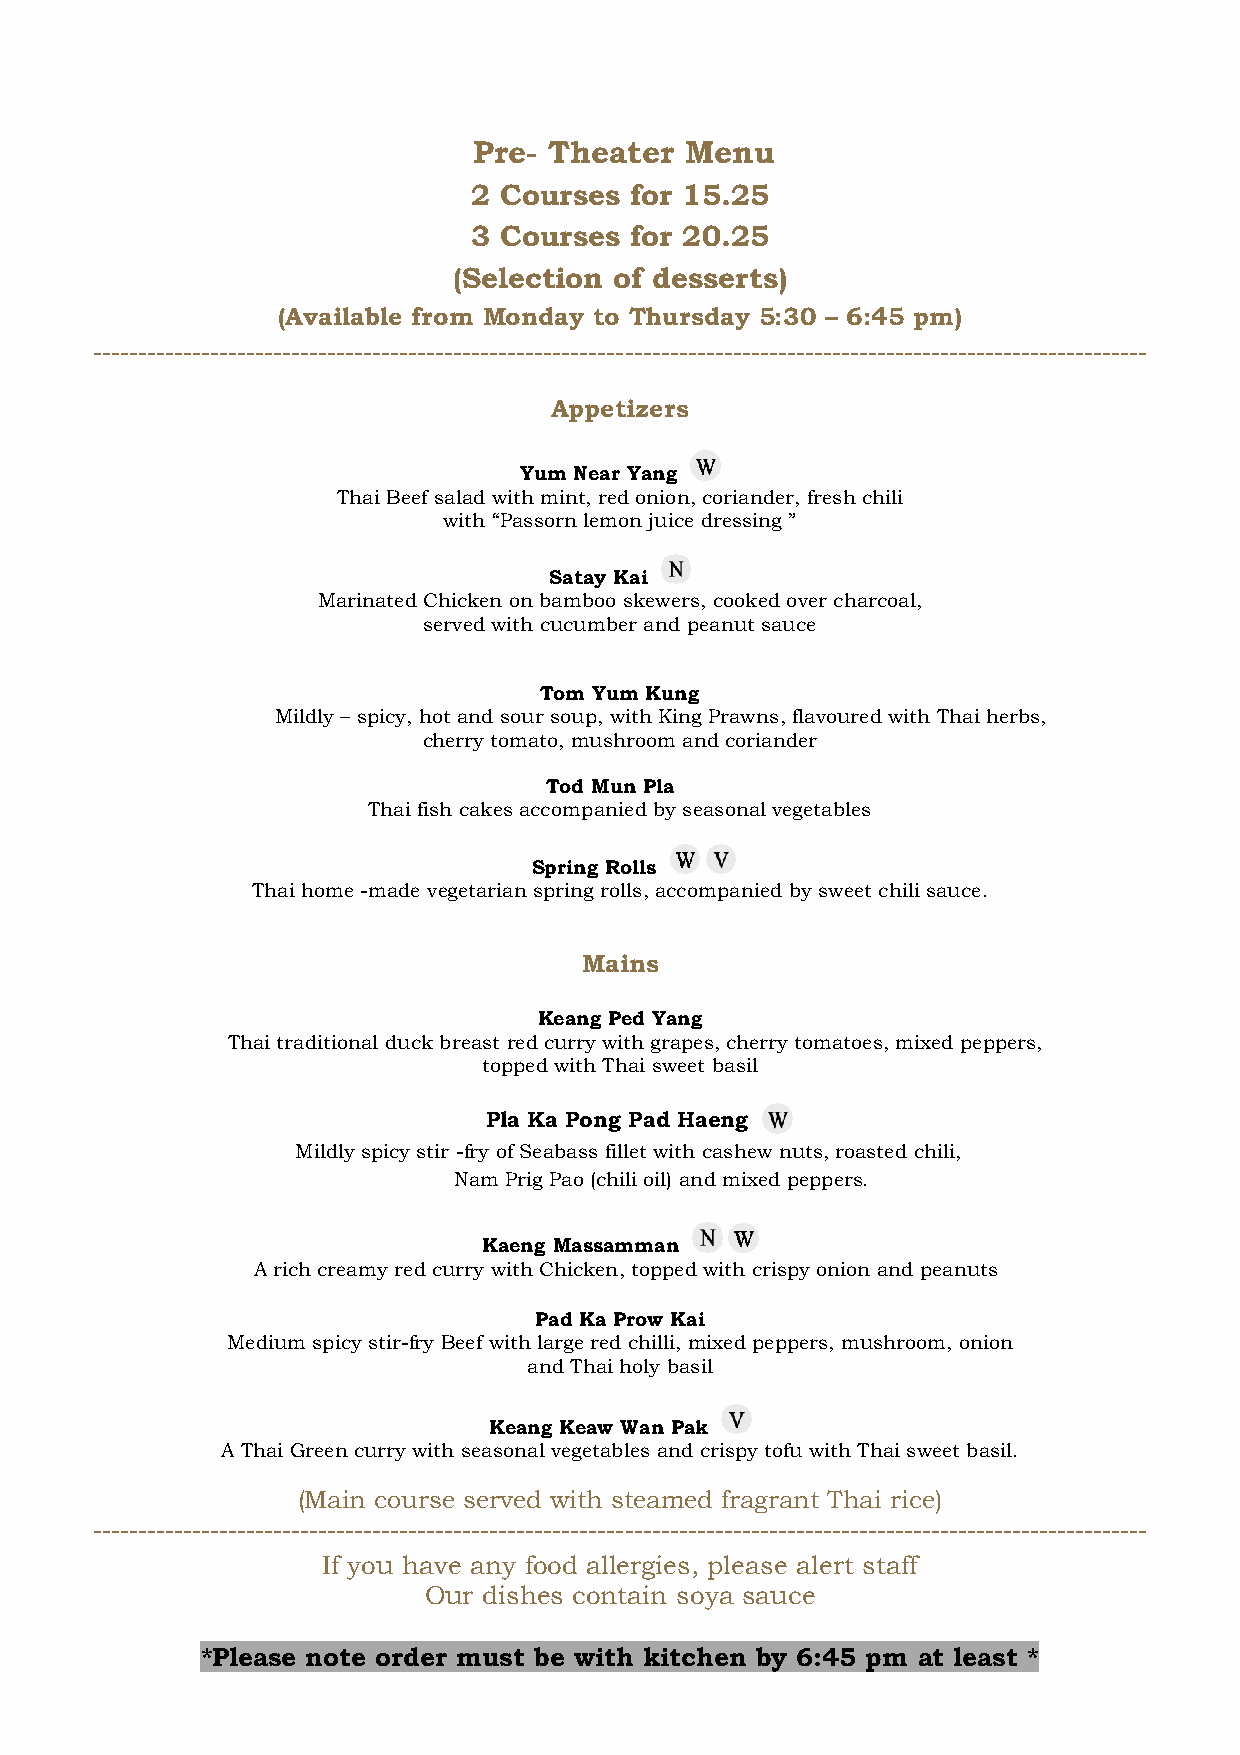
Pre- Theater  Menu
 2 Courses  for 15.25
 3 Courses  for 20.25
 (Selection of desserts)
 (Available from Monday to Thursday 5:30 – 6:45 pm)
 ---------------------------------------------------------------------------------------------------------------------
 Appetizers
 Yum Near Yang
 Thai Beef salad with mint, red onion, coriander, fresh chili
 with “Passorn lemon juice dressing ”
 Satay Kai
 Marinated Chicken on bamboo skewers, cooked over charcoal,
 served with cucumber and peanut sauce
 Tom Yum Kung
 Mildly – spicy, hot and sour soup, with King Prawns, flavoured with Thai herbs,
 cherry tomato, mushroom and coriander
 Tod Mun Pla
 Thai fish cakes accompanied by seasonal vegetables
 Spring Rolls
 Thai home -made vegetarian spring rolls, accompanied by sweet chili sauce.
 Mains
 Keang Ped Yang
 Thai traditional duck breast red curry with grapes, cherry tomatoes, mixed peppers,
 topped with Thai sweet basil
 Pla Ka Pong Pad Haeng
 Mildly spicy stir -fry of Seabass fillet with cashew nuts, roasted chili,
 Nam Prig Pao (chili oil) and mixed peppers.
 Kaeng Massamman
 A rich creamy red curry with Chicken, topped with crispy onion and peanuts
 Pad Ka Prow Kai
 Medium spicy stir-fry Beef with large red chilli, mixed peppers, mushroom, onion
 and Thai holy basil
 Keang Keaw Wan Pak
 A Thai Green curry with seasonal vegetables and crispy tofu with Thai sweet basil.
 (Main course served with steamed fragrant Thai rice)
 ---------------------------------------------------------------------------------------------------------------------
 If you have any food allergies, please alert staff
 Our dishes contain soya sauce
 *Please note order must be with kitchen by 6:45 pm at least *